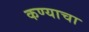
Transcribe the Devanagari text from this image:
कण्याचा